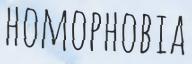
HOMOPHOBIA